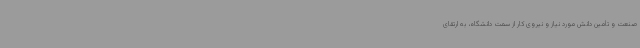
صنعت و تأمین دانش مورد نیاز و نیروی کار از سمت دانشگاه، به ارتقای